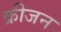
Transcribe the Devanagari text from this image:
क्रीजन